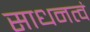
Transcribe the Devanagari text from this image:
साधनत्वं